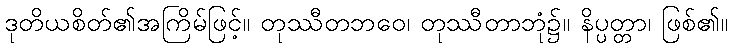
ဒုတိယစိတ်၏အကြိမ်ဖြင့်။ တုဿီတဘဝေ၊ တုဿီတာဘုံ၌။ နိပ္ပတ္တာ၊ ဖြစ်၏။